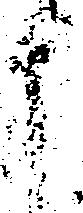
申